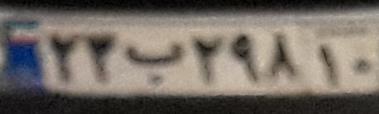
۲۲ب۲۹۸۱۰